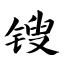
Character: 锼